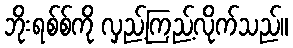
ဘိုးရစ်စ်ကို လှည့်ကြည့်လိုက်သည်။